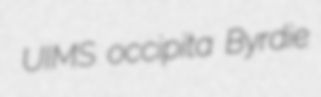
UIMS occipita Byrdie